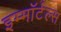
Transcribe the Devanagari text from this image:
इम्मॉर्टल्स